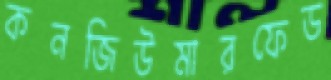
কনজিউমারফেড